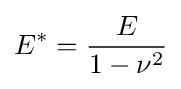
E^{*}={\frac {E}{1-\nu ^{2}}}